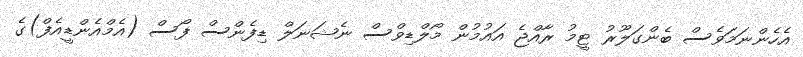
އެހެންނަމަވެސް ބެންގަލޫރު ޓީމު ރާއްޖެ އައުމުން މޯލްޑިވްސް ނެޝަނަލް ޑިފެންސް ފޯސް (އެމްއެންޑީއެފް)ގެ